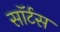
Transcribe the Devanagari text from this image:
सॉर्टस